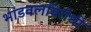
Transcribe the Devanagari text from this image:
भांडवलविरोधी